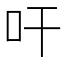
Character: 𭆺